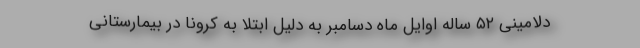
دلامینی ۵۲ ساله اوایل ماه دسامبر به دلیل ابتلا به کرونا در بیمارستانی